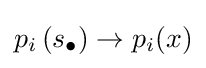
p_{i}\left(s_{\bullet }\right)\to p_{i}(x)